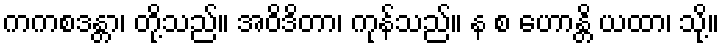
ကကစဒန္တာ၊ တို့သည်။ အဝိဒိတာ၊ ကုန်သည်။ န စ ဟောန္တိ ယထာ၊ သို့။